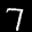
Label: 7